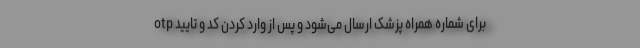
otp برای شماره همراه پزشک ارسال می‌شود و پس از وارد کردن کد و تایید